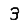
Digit: 3